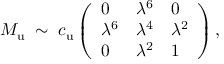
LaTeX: M _ { \mathrm { u } } \; \sim \; c _ { \mathrm { u } } \left( \begin{array} { l l l } { { 0 } } & { { \lambda ^ { 6 } } } & { { 0 } } \\ { { \lambda ^ { 6 } } } & { { \lambda ^ { 4 } } } & { { \lambda ^ { 2 } } } \\ { { 0 } } & { { \lambda ^ { 2 } } } & { { 1 } } \end{array} \right) ,